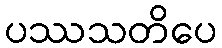
ပဿသတိပေ